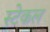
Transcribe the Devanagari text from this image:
स्टेकल